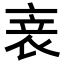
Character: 𬡏